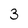
Character: 3